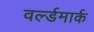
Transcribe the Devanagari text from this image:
वर्ल्डमार्क